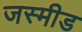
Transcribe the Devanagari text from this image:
जस्मीड